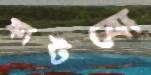
ফাটবো